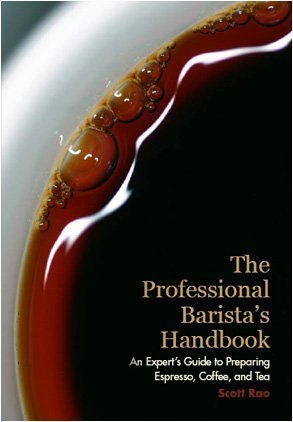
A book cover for The Professional Barista's Handbook: An Expert Guide to Preparing Espresso, Coffee, and Tea; Scott Rao; Cookbooks, Food & Wine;